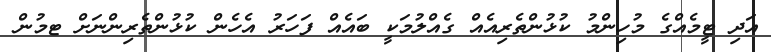
އަދި ޓީމެއްގެ މުހިންމު ކުޅުންތެރިއެއް ގެއްލުމަކީ ބައެއް ފަހަރު އެހެން ކުޅުންތެރިންނަށް ޓމުން